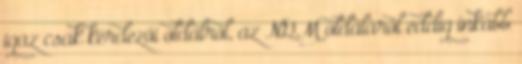
igaz csak kérdezői oldalról, az NGM oldaláról eddig inkább